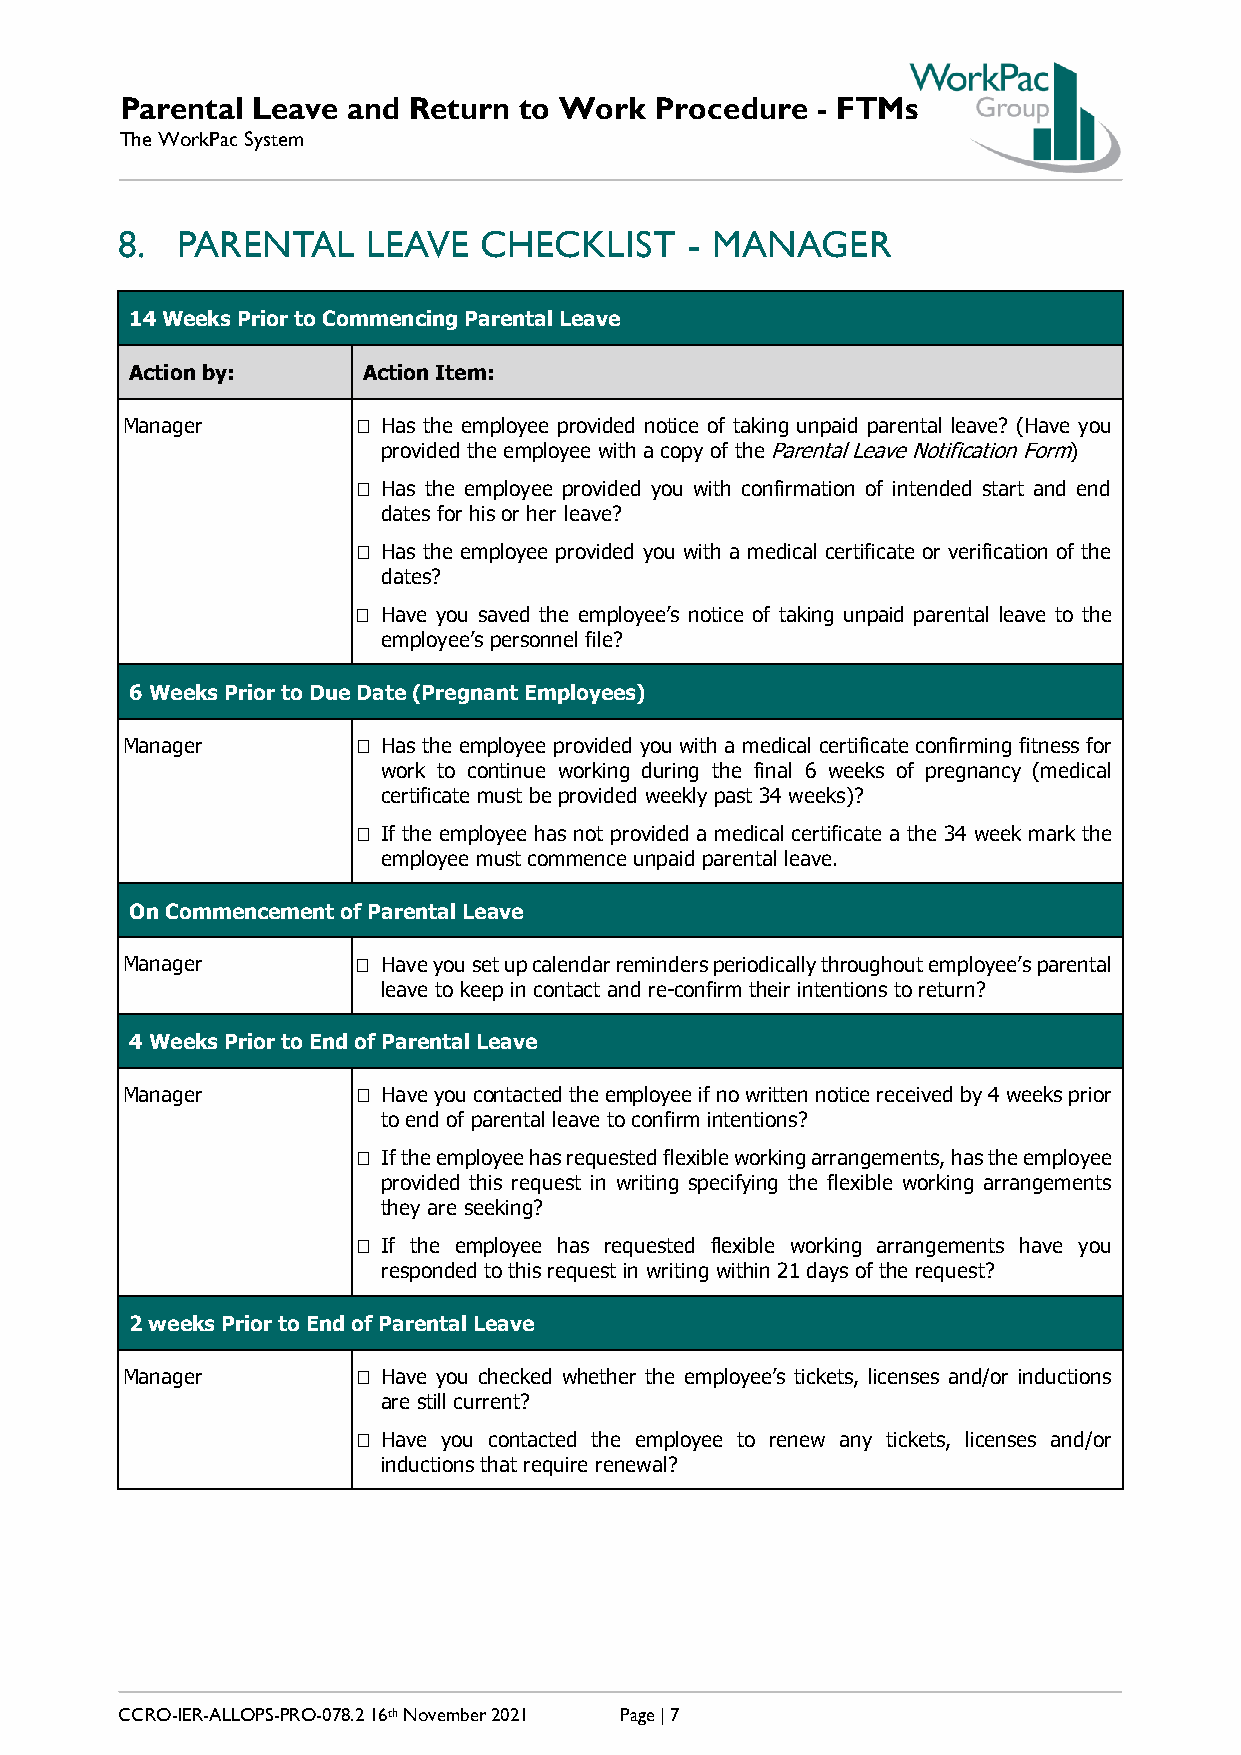
Parental Leave and Return to Work  Procedure  - FTMs
 The WorkPac System
 8.  PARENTAL    LEAVE   CHECKLIST     - MANAGER
 14 Weeks Prior to Commencing Parental Leave
 Action by:     Action Item:
 Manager          Has the employee provided notice of taking unpaid parental leave? (Have you
 provided the employee with a copy of the Parental Leave Notification Form)
  Has the employee provided you with confirmation of intended start and end
 dates for his or her leave?
  Has the employee provided you with a medical certificate or verification of the
 dates?
  Have you saved the employee’s notice of taking unpaid parental leave to the
 employee’s personnel file?
 6 Weeks Prior to Due Date (Pregnant Employees)
 Manager          Has the employee provided you with a medical certificate confirming fitness for
 work to continue working during the final 6 weeks of pregnancy (medical
 certificate must be provided weekly past 34 weeks)?
  If the employee has not provided a medical certificate a the 34 week mark the
 employee must commence unpaid parental leave.
 On Commencement of Parental Leave
 Manager          Have you set up calendar reminders periodically throughout employee’s parental
 leave to keep in contact and re-confirm their intentions to return?
 4 Weeks Prior to End of Parental Leave
 Manager          Have you contacted the employee if no written notice received by 4 weeks prior
 to end of parental leave to confirm intentions?
  If the employee has requested flexible working arrangements, has the employee
 provided this request in writing specifying the flexible working arrangements
 they are seeking?
  If the employee has requested flexible working arrangements have you
 responded to this request in writing within 21 days of the request?
 2 weeks Prior to End of Parental Leave
 Manager          Have you checked whether the employee’s tickets, licenses and/or inductions
 are still current?
  Have you contacted the employee to renew any tickets, licenses and/or
 inductions that require renewal?
 CCRO-IER-ALLOPS-PRO-078.2 16th November 2021 Page | 7